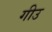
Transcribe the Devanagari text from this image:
गीउ